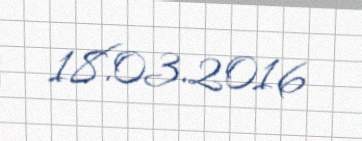
18.03.2016